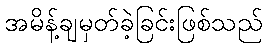
အမိန့်ချမှတ်ခဲ့ခြင်းဖြစ်သည်